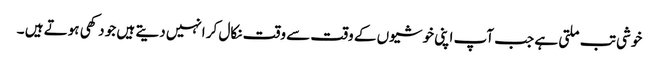
خوشی تب ملتی ہے جب آپ اپنی خوشیوں کے وقت سے وقت نکال کر انہیں دیتے ہیں جو دکھی ہوتے ہیں ۔